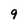
Character: 9